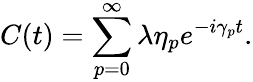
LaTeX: C(t)=\sum_{p=0}^{\infty}\lambda\eta_{p}e^{-i\gamma_{p}t}.